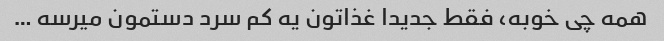
همه چی خوبه، فقط جدیدا غذاتون یه کم سرد دستمون میرسه …